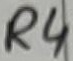
Text: R4